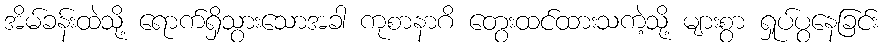
အိမ်ခန်းထဲသို့ ရောက်ရှိသွားသောအခါ ကုစာနာဂိ တွေးထင်ထားသကဲ့သို့ များစွာ ရှုပ်ပွနေခြင်း